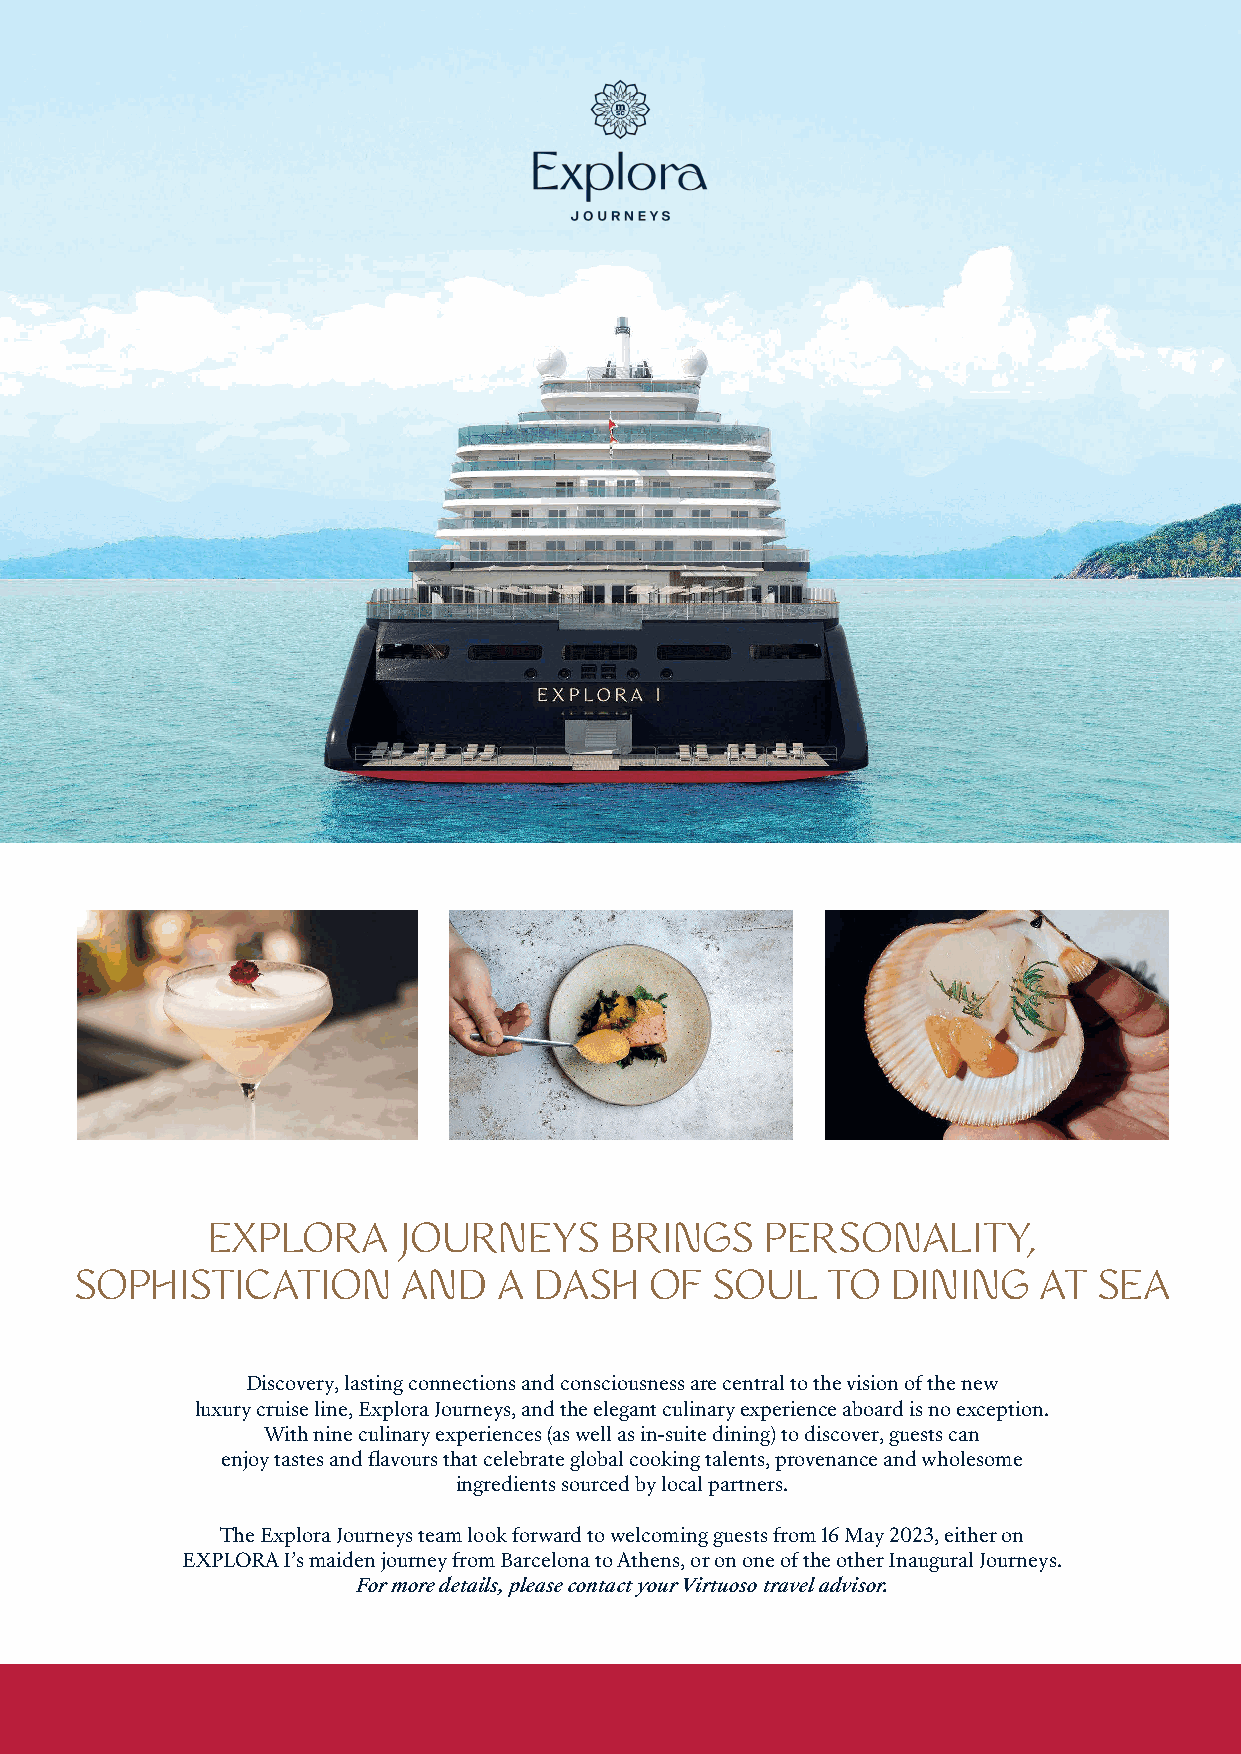
EXPLORA     JOURNEYS      BRINGS     PERSONALITY,
 SOPHISTICATION        AND   A DASH    OF  SOUL    TO  DINING    AT  SEA
 Discovery, lasting connections and consciousness are central to the vision of the new
 luxury cruise line, Explora Journeys, and the elegant culinary experience aboard is no exception.
 With nine culinary experiences (as well as in-suite dining) to discover, guests can
 enjoy tastes and fl avours that celebrate global cooking talents, provenance and wholesome
 ingredients sourced by local partners.
 The Explora Journeys team look forward to welcoming guests from 16 May 2023, either on
 EXPLORA I’s maiden journey from Barcelona to Athens, or on one of the other Inaugural Journeys.
 For more details, please contact your Virtuoso travel advisor.
 XXXXXXXX__VVIIRRTTUUOOSSOO LLIIFFEE AAUUSSTTRRAALLIIAA__229977xx221100mmmm__AAdd__VV11..iinndddd 11 0088//1100//22002211 1100::1188